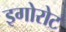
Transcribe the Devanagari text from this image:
इगोरोट